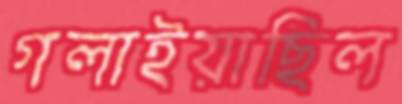
গলাইয়াছিল